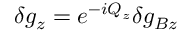
\delta g _ { z } = e ^ { - i Q _ { z } } \delta g _ { B z }